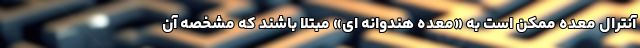
آنترال معده ممکن است به «معده هندوانه ای» مبتلا باشند که مشخصه آن